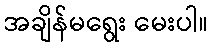
အချိန်မရွေး မေးပါ။